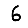
Digit: 6